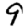
Digit: 9